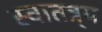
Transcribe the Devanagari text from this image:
स्वातत्र्य